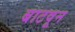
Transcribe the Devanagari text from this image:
बाटवून